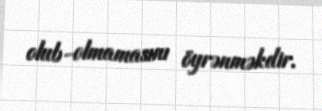
olub-olmamasını öyrənməkdir.